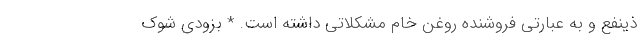
ذینفع و به عبارتی فروشنده روغن خام مشکلاتی داشته است. * بزودی شوک